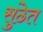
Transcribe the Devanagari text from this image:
सुंठेत